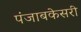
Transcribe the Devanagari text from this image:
पंजाबकेसरी